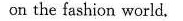
on the fashion world.